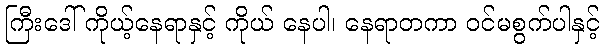
ကြီးဒေါ် ကိုယ့်နေရာနှင့် ကိုယ် နေပါ၊ နေရာတကာ ဝင်မစွက်ပါနှင့်